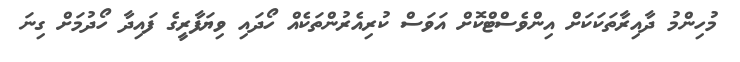
މުހިންމު ދާއިރާތަކަކަށް އިންވެސްޓްކޮށް އަވަސް ކުރިއެރުންތަކެއް ހޯދައި ވިޔަފާރީގެ ފައިދާ ހޯދުމަށް ގިނަ